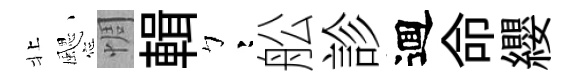
北颸惆輯彎舩診逥命纓